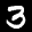
Label: 3